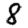
Digit: 8